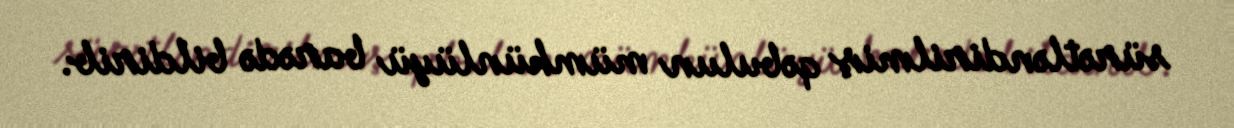
sürətləndirilmiş qəbulun mümkünlüyü barədə bildirib.